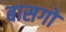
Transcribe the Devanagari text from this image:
बासगो